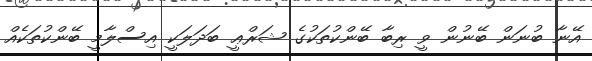
އޭނާ ބުނަން ބޭނުން ވީ ރިބާ ބޭންކުތަކުގެ ޝަރްޢީ ބަދަލަކީ އިސްލާމީ ބޭންކުތަކެއް